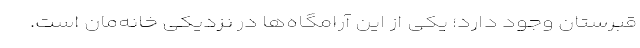
قبرستان وجود دارد؛ یکی از این آرامگاه‌ها در نزدیکی خانه‌مان است.